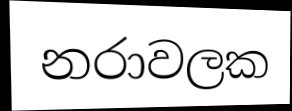
නරාවලක